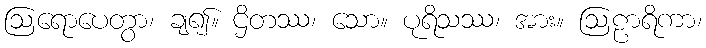
ဩရောပေတွာ၊ ချ၍။ ဌိတဿ၊ သော။ ပုရိသဿ၊ အား။ ဩဠာရိကာ၊